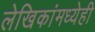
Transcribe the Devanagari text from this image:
लेखिकांमध्येही